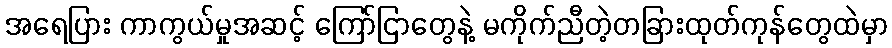
အရေပြား ကာကွယ်မှုအဆင့် ကြော်ငြာတွေနဲ့ မကိုက်ညီတဲ့တခြားထုတ်ကုန်တွေထဲမှာ